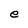
Character: e